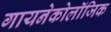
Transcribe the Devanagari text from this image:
गायनेकोलॉजिक